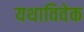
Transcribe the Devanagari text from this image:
यथाविवेक